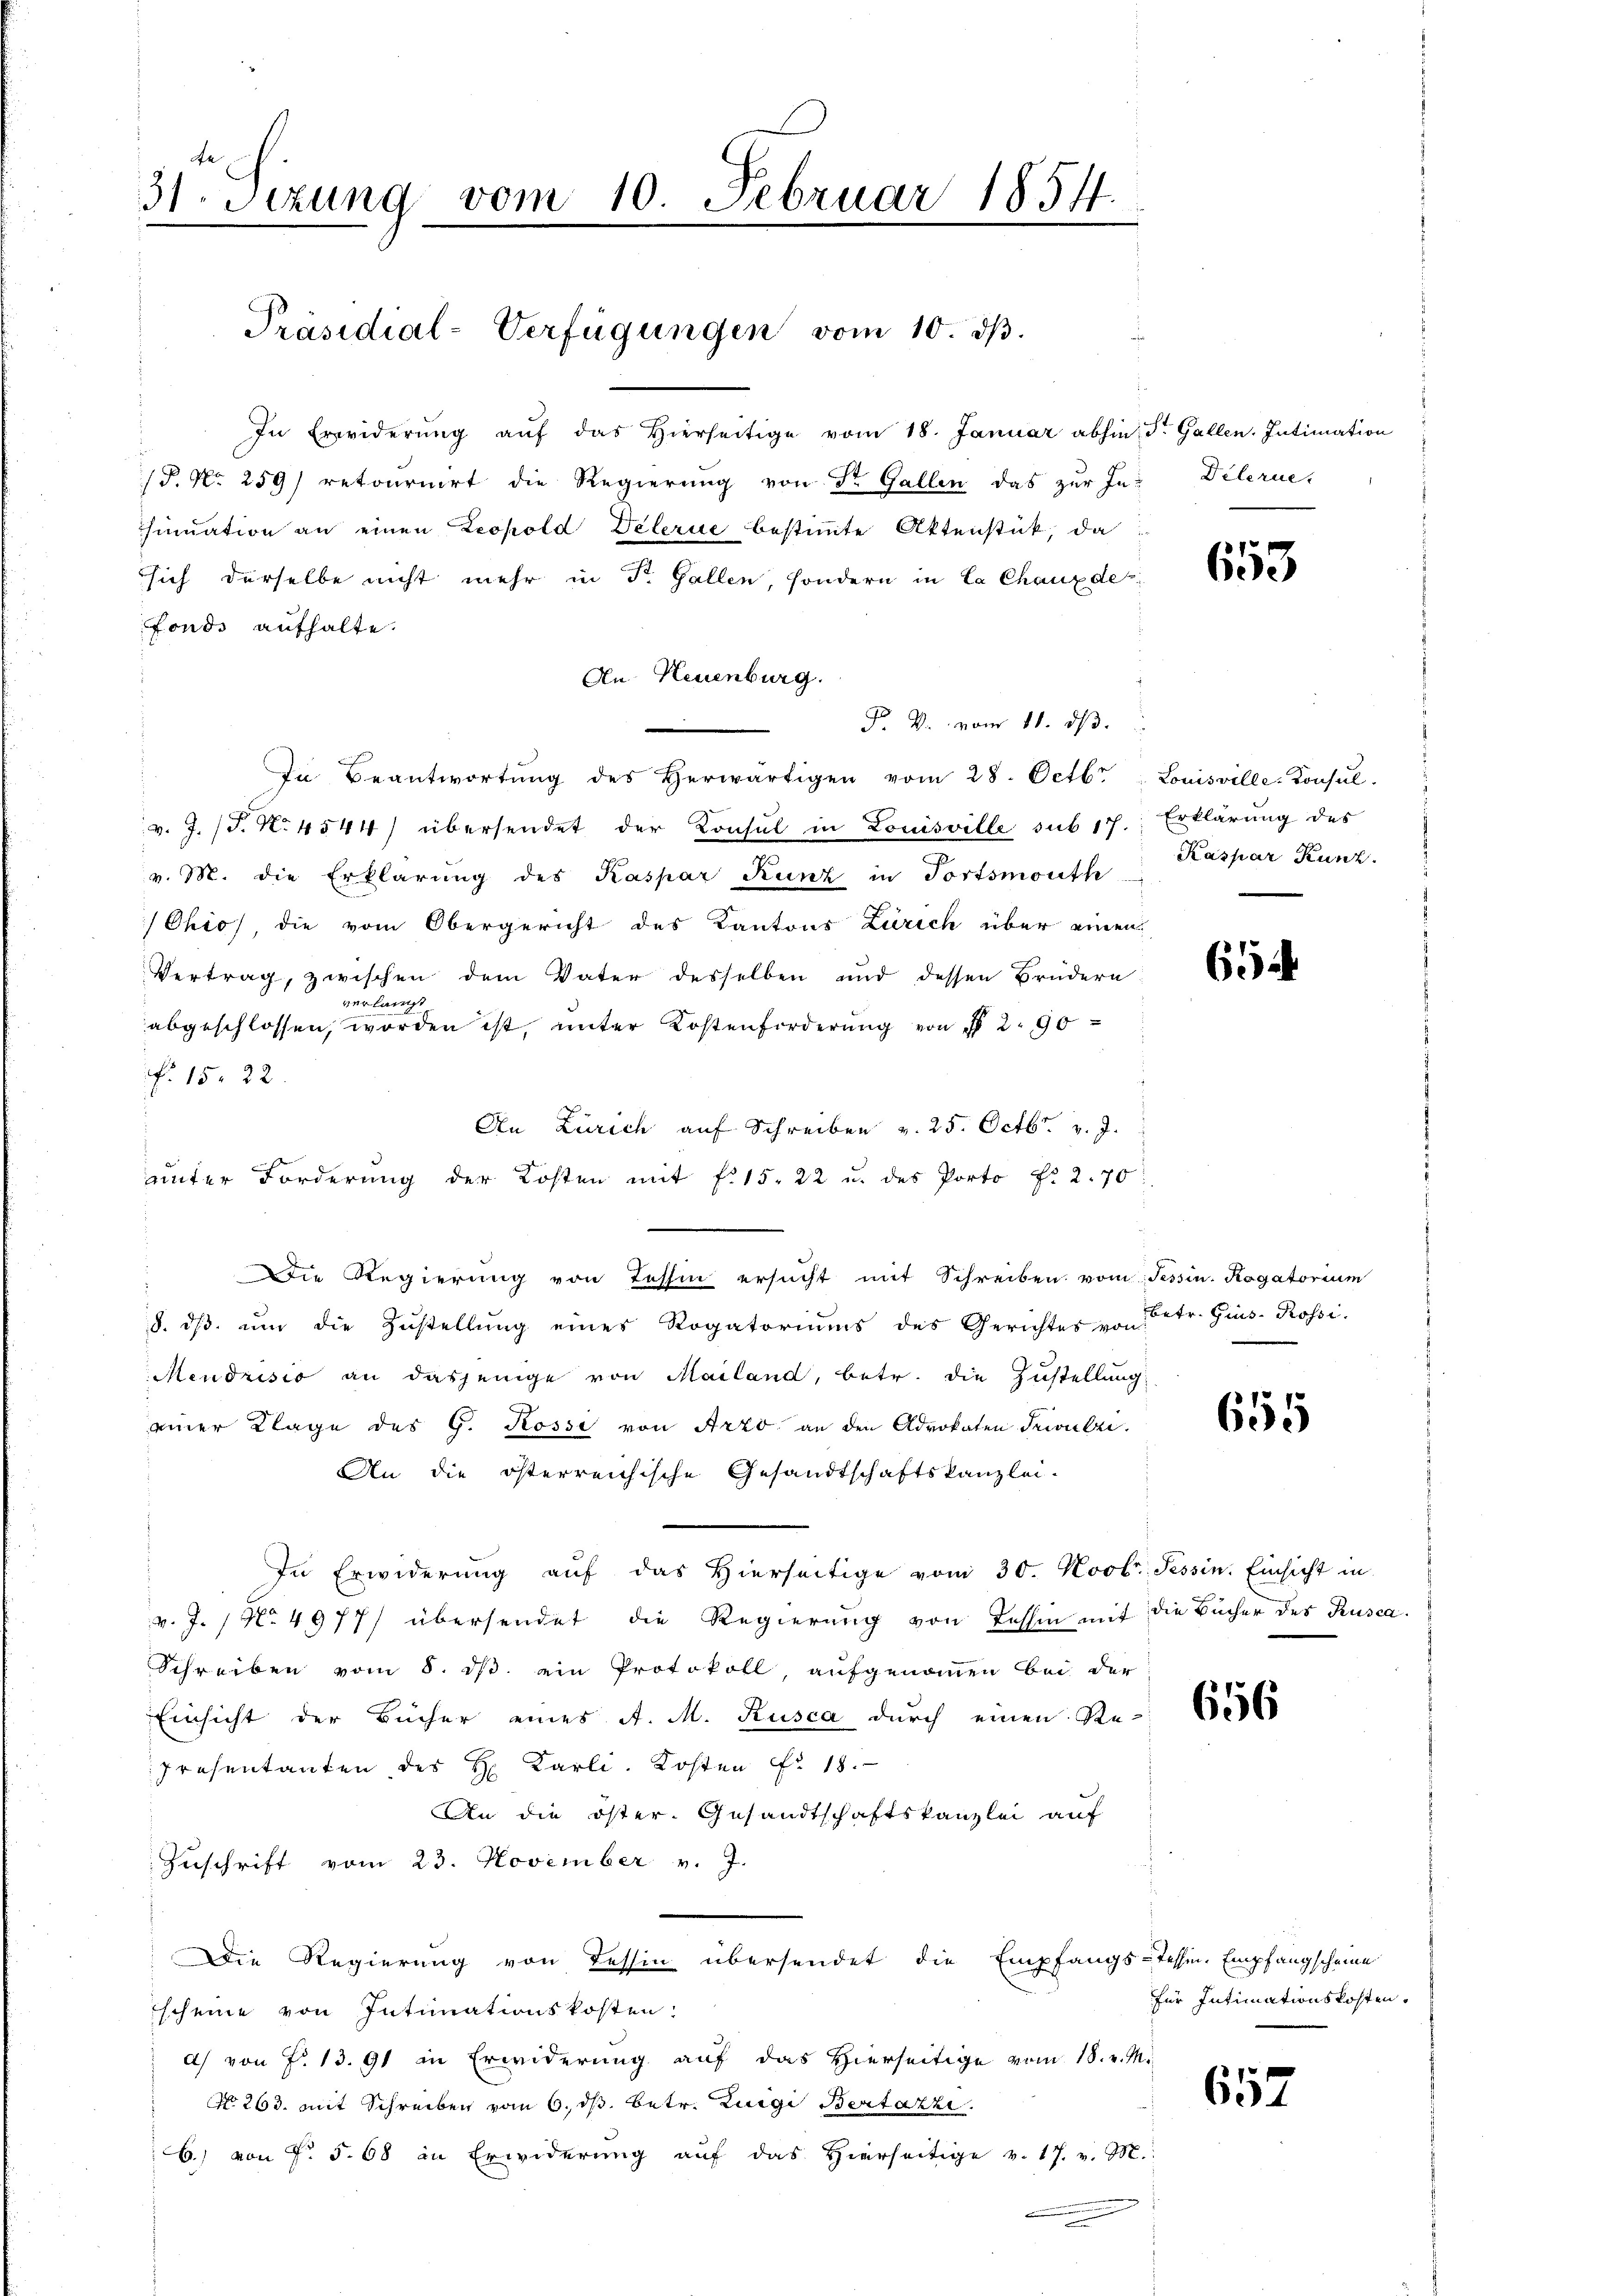
31 Sizung vom 10. Februar 1854.

Präsidial-Verfügungen vom 10. dβ.

In Erwiderŭng aŭf das hierseitige vom 18. Januar abhin St. Gallen. Intimation
P. Nr. 259) retoŭrnirt die Regierŭng von Dr. Gallen das zŭr In- Delerne,
sinuation an einen Leopold Deterie bestimmte Aktenstück, da
sich derselbe nicht mehr in St. Gallen, sondern in Ca Chaux de
fonds aufhalte.
An Neuenburg.
P. V. vom 11. ds.
In Beantwortŭng des herwärtigen vom 28. Octb. " Louisville-Konsŭl.
v. J. (T. N. 4544) übersendet der Konsul in Louisville sub 17. Erklärung des
v. M. die Erklärung des Kaspar Kunz in Fortsmouth
Ohio, die vom Obergericht des Kantons Zürich über einen
Vertrag, zwischen dem Vater desselben und dessen Brüdern
verlangt
abgeschlossen, worden ist, unter Kostenforderŭng von § 2. 90
No 15. 32.
An Zürich auf Schreiben v. 25. Octbr. v. J.
unter Forderung der Kosten mit f. 15. 22 u. des Porto f. 2.70
Die Regierung von Tessin ersucht mit Schreiben vom Tessin. Rogatorium
8. dβ ŭm die Zŭstellŭng einer Rogatoriŭms des Gerichtes von Betr. Gins- Rossi
Mendrisio an dasjenige von Mailand, betr. die Zustellung
einer Klage des G. Rosse von Arzo an den Advokaten Trivulze
An die österreichische Gesandtschaftskanzlei-
In Erwiderung auf das Hierseitige vom 30. Novbr. Tessin. Einsicht in
v. J. 1 No 4977/ übersendet die Regierung von Tessin mit die Bücher des Rusca¬
Schreiben vom 8. ds. ein Protokoll, aufgenommen bei der
Einsicht der Bücher eines A. M. Kusca durch einen Re-
Presentanten des H. Karli. Kosten No 18.
An die öster- Gesandtschaftskanzlei auf
Zŭschrift vom 23. November v. J.
Die Regierung von Tessin übersendet die Empfangs-tessen Empfangscheine
scheine von Intimationskosten:
a) von f. 1391 in Erwiderung auf das Hierseitige vom 18. v. M.
No 263. mit Schreiben vom 6. ds. betr. Luigi Bertazzi
6.) von No. 568 in Erwiderung auf das hierseitige v. 17. v. M.
n

.

653

Kaspar Kunz.

65

6555

656

für Intimationskosten.

657